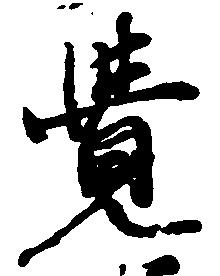
覚